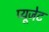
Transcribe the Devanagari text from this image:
प्यूजेट